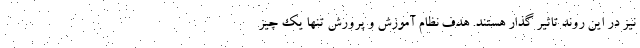
نیز در این روند تاثیر گذار هستند. هدف نظام آموزش و پرورش تنها یک چیز